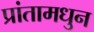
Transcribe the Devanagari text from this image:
प्रांतामधुन